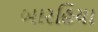
બારહિયા